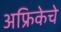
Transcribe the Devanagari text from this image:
अफ्रिकेचे